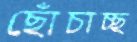
ছোঁচাচ্ছ